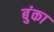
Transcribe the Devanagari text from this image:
बुंका